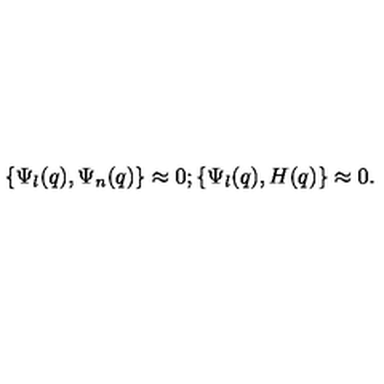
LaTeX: \{ \Psi _ { l } ( q ) , \Psi _ { n } ( q ) \} \approx 0 ; \{ \Psi _ { l } ( q ) , H ( q ) \} \approx 0 .